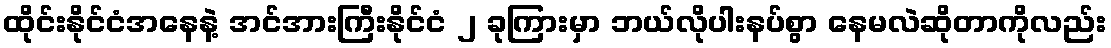
ထိုင်းနိုင်ငံအနေနဲ့ အင်အားကြီးနိုင်ငံ ၂ ခုကြားမှာ ဘယ်လိုပါးနပ်စွာ နေမလဲဆိုတာကိုလည်း